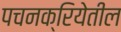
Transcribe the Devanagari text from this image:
पचनक्रियेतील